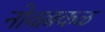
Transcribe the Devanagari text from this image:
नोवल्लकळ